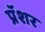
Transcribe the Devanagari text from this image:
प्रॅशर